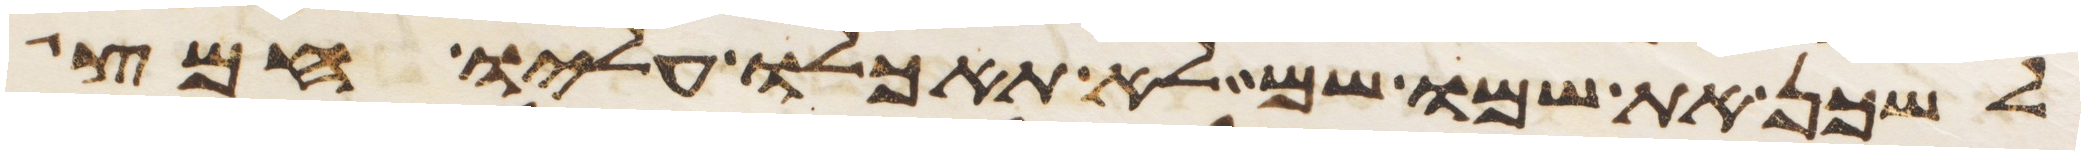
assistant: לשכן את שמו שם לא תאכלו עליו חמץ